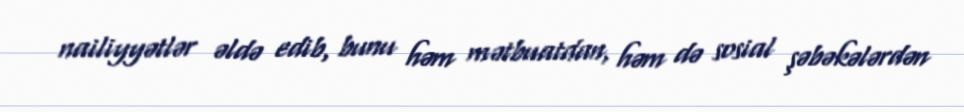
nailiyyətlər əldə edib, bunu həm mətbuatdan, həm də sosial şəbəkələrdən